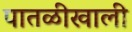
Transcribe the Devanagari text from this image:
पातळीखाली